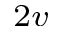
_ { 2 v }